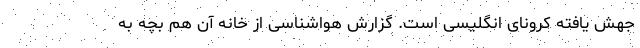
جهش یافته کرونای انگلیسی است. گزارش هواشناسی از خانه آن هم بچه به